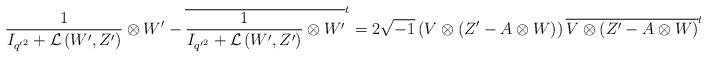
LaTeX: \begin{align*}\frac{1}{I_{{q'}^{2}} +\mathcal{L}\left(W',Z'\right)}\otimes W'-\overline{\frac{1}{I_{{q'}^{2}} +\mathcal{L}\left(W',Z'\right)}\otimes W'}^{t}=2\sqrt{-1}\left(V\otimes\left( Z'-A\otimes W \right)\right)\overline{V\otimes\left( Z'-A\otimes W \right)}^{t},\end{align*}